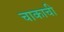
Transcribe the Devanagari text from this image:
चाकाची